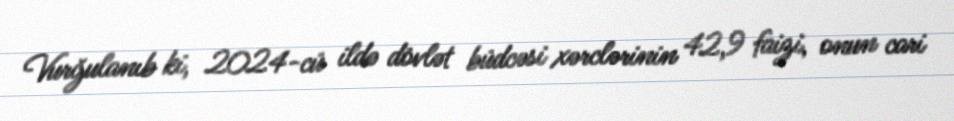
Vurğulanıb ki, 2024-cü ildə dövlət büdcəsi xərclərinin 42,9 faizi, onun cari